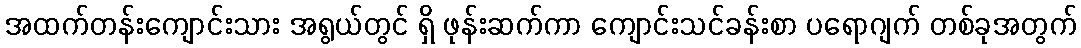
အထက်တန်းကျောင်းသား အရွယ်တွင် ရှိ ဖုန်းဆက်ကာ ကျောင်းသင်ခန်းစာ ပရောဂျက် တစ်ခုအတွက်